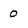
Character: 0